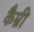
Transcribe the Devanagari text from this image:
कैम्री